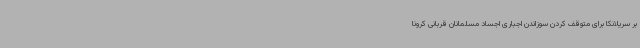
بر سریلانکا برای متوقف کردن سوزاندن اجباری اجساد مسلمانان قربانی کرونا